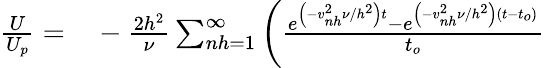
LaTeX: \begin{array}{rl}{\frac{U}{U_{p}}=}&{{}-\frac{2h^{2}}{\nu}\sum_{nh=1}^{\infty}\left(\frac{e^{\left(-v_{nh}^{2}\nu/h^{2}\right)t}-e^{\left(-v_{nh}^{2}\nu/h^{2}\right)\left(t-t_{o}\right)}}{t_{o}}\right.}\end{array}